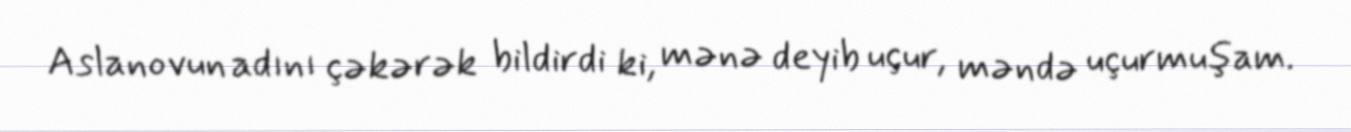
Aslanovun adını çəkərək bildirdi ki, mənə deyib uçur, məndə uçurmuşam.